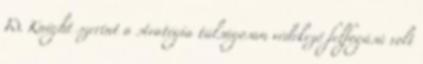
W. Knight szerint a stratégia túlságosan védekező felfogású volt